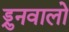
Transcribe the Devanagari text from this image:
ड्रुनवालो